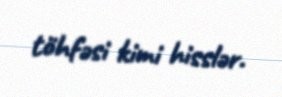
töhfəsi kimi hisslər.